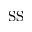
\mathrm { S S }